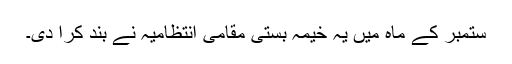
ستمبر کے ماہ میں یہ خیمہ بستی مقامی انتظامیہ نے بند کرا دی۔